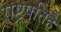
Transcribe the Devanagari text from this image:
राष्ट्रपतिहै